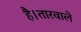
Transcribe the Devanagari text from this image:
है।तारवाले